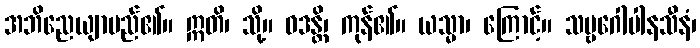
အဘိညေယျာမည်၏။ ဣတိ၊ သို့။ ဝဒန္တိ၊ ကုန်၏။ ယသ္မာ၊ ကြောင့်။ သဗ္ဗဂေါပါနသီနံ၊